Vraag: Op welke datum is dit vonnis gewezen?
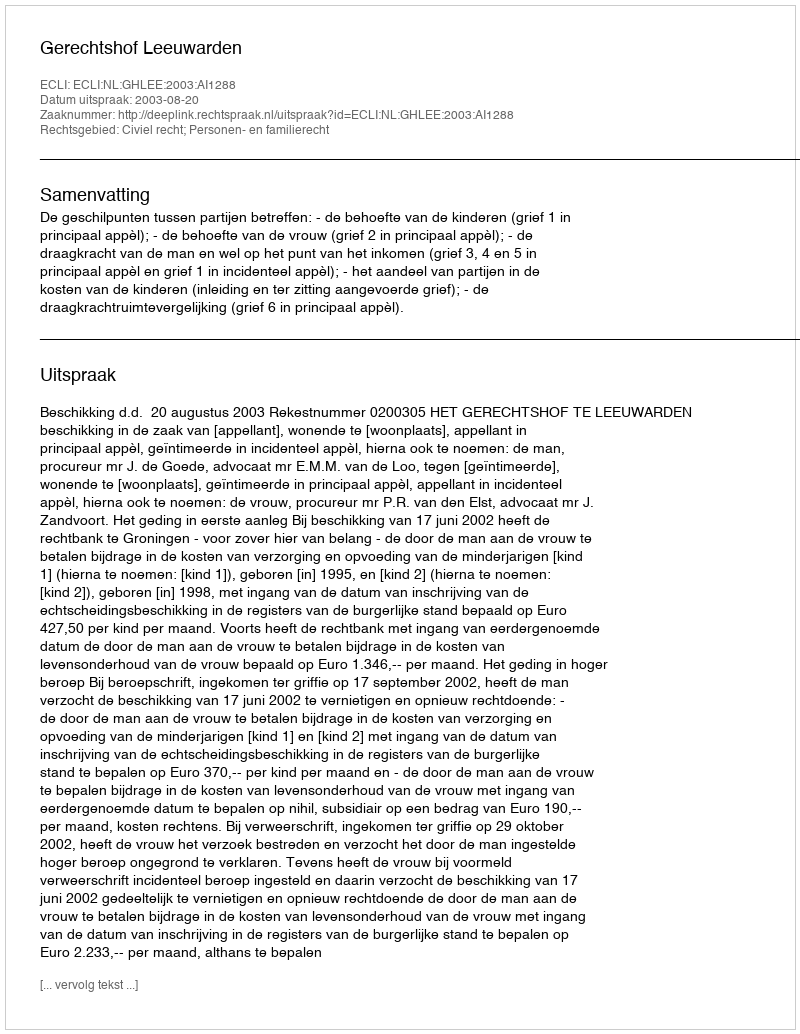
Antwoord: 2003-08-20